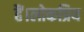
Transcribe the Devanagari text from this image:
हैं।लोकप्रिय